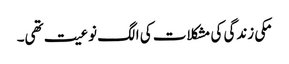
مکی زندگی کی مشکلات کی الگ نوعیت تھی۔